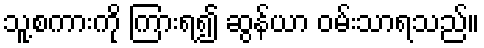
သူ့စကားကို ကြားရ၍ ဆွန်ယာ ဝမ်းသာရသည်။